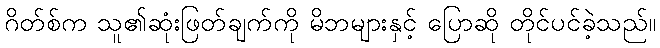
ဂိတ်စ်က သူ၏ဆုံးဖြတ်ချက်ကို မိဘများနှင့် ပြောဆို တိုင်ပင်ခဲ့သည်။